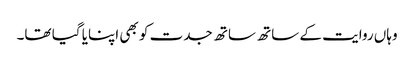
وہاں روایت کے ساتھ ساتھ جدت کو بھی اپنایا گیا تھا۔